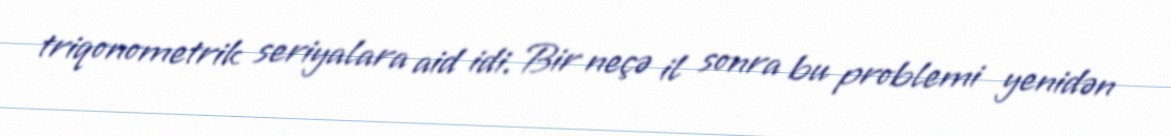
triqonometrik seriyalara aid idi. Bir neçə il sonra bu problemi yenidən